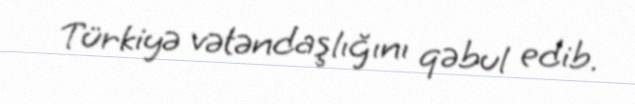
Türkiyə vətəndaşlığını qəbul edib.